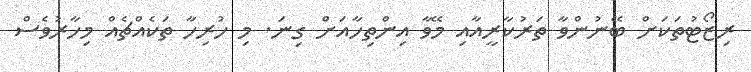
ރިޒޯޓުތަކަށް ބޭނުންވާ ތަރުކާރީއާއި މޭވާ އިންތިހާއަށް ގިނަ. މި ހުރިހާ ތަކެއްޗެއް މިހާރުވެސް